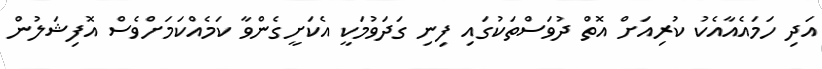
އަދި ހަމައެއާއެކު ކުރިއަށް އޮތް ދުވަސްތަކުގައި ފިނި ގަދަވުމަކީ އެކަށީގެންވާ ކަމެއްކަމަށްވެސް އޮފިޝަލުން